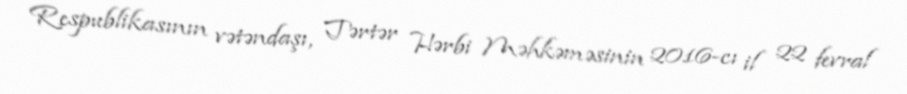
Respublikasının vətəndaşı, Tərtər Hərbi Məhkəməsinin 2016-cı il 22 fevral